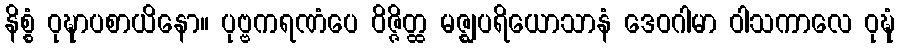
နိစ္စံ ဝုဍ္ဎာပစာယိနော။ ပုဗ္ဗကရဏံပေ ဝိဇ္ဇိတ္ထ မဇ္ဈပရိယောသာနံ ဒေဝဂါမာ ဝါသကာလေ ဝုဍ္ဎံ